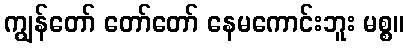
ကျွန်တော် တော်တော် နေမကောင်းဘူး မစ္စ။